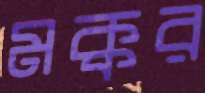
মক্কর